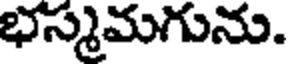
భస్మమగును.